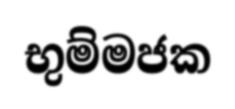
භුම්මජක